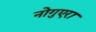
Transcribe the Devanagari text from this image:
नोगुएरा